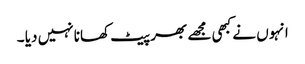
انہوں نے کبھی مجھے بھر پیٹ کھانا نہیں دیا ۔